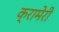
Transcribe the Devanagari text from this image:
क्रामेरी